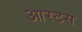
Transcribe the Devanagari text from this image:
आरटस